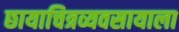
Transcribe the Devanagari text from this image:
छायाचित्रव्यवसायाला